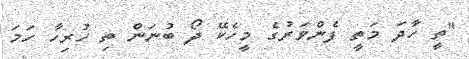
''ތީ ހާދަ މަތީ ފެންވަރުގެ މީހެކޭ ދޯ ބުނަން ތި ހުރިހާ ހަމަ